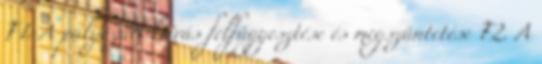
F1. A pályázati kiírás felfüggesztése és megszüntetése F2. A